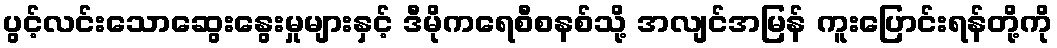
ပွင့်လင်းသောဆွေးနွေးမှုများနှင့် ဒီမိုကရေစီစနစ်သို့ အလျင်အမြန် ကူးပြောင်းရန်တို့ကို